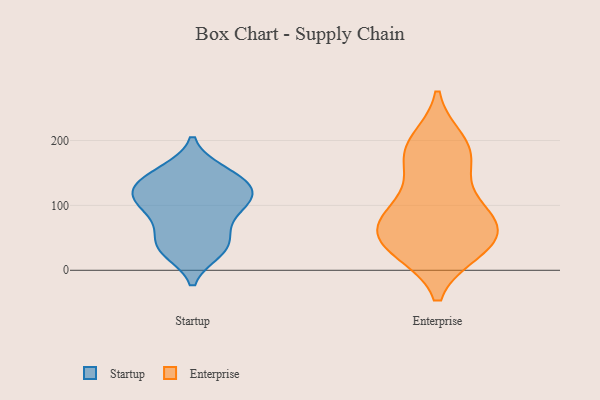
{"axis": {"x": "Budget (USD K)", "y": "Value"}, "legend": ["Enterprise", "Startup"], "data": [{"x": "", "y": 39, "type": "Startup"}, {"x": "", "y": 134, "type": "Startup"}, {"x": "", "y": 142, "type": "Startup"}, {"x": "", "y": 105, "type": "Startup"}, {"x": "", "y": 36, "type": "Startup"}, {"x": "", "y": 75, "type": "Startup"}, {"x": "", "y": 152, "type": "Startup"}, {"x": "", "y": 114, "type": "Startup"}, {"x": "", "y": 38, "type": "Startup"}, {"x": "", "y": 148, "type": "Startup"}, {"x": "", "y": 112, "type": "Startup"}, {"x": "", "y": 80, "type": "Startup"}, {"x": "", "y": 117, "type": "Startup"}, {"x": "", "y": 111, "type": "Startup"}, {"x": "", "y": 30, "type": "Startup"}, {"x": "", "y": 68, "type": "Enterprise"}, {"x": "", "y": 38, "type": "Enterprise"}, {"x": "", "y": 32, "type": "Enterprise"}, {"x": "", "y": 72, "type": "Enterprise"}, {"x": "", "y": 177, "type": "Enterprise"}, {"x": "", "y": 83, "type": "Enterprise"}, {"x": "", "y": 110, "type": "Enterprise"}, {"x": "", "y": 79, "type": "Enterprise"}, {"x": "", "y": 188, "type": "Enterprise"}, {"x": "", "y": 165, "type": "Enterprise"}, {"x": "", "y": 43, "type": "Enterprise"}, {"x": "", "y": 197, "type": "Enterprise"}, {"x": "", "y": 35, "type": "Enterprise"}]}